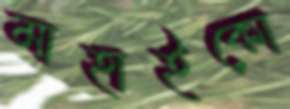
মাহাইকো